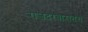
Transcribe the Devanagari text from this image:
राजदरबारातच